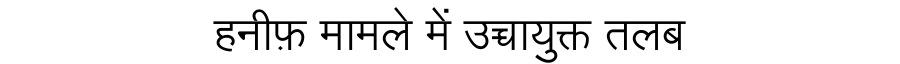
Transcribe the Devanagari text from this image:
हनीफ़ मामले में उच्चायुक्त तलब